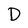
Character: D